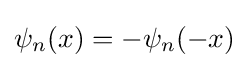
\psi _{n}(x)=-\psi _{n}(-x)